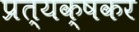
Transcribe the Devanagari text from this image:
प्रत्यक्षकर